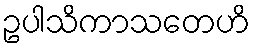
ဥပါသိကာသတေဟိ